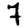
Digit: 7